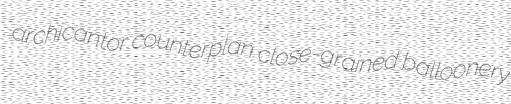
archicantor counterplan close-grained balloonery